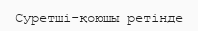
Суретші-қоюшы ретінде